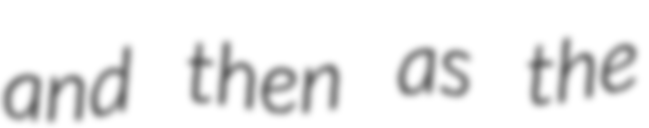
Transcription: and then as the